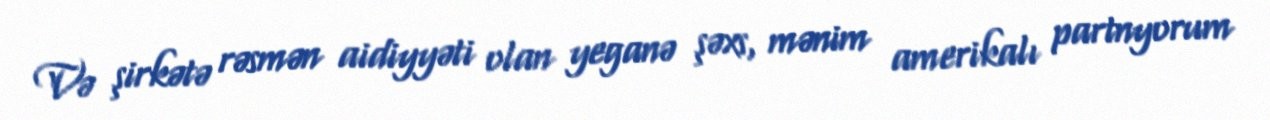
Və şirkətə rəsmən aidiyyəti olan yeganə şəxs, mənim amerikalı partnyorum